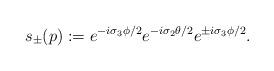
LaTeX: \begin{align*}s_\pm (p) := e^{-i \sigma_3 \phi /2} e^{-i \sigma_2 \theta/2} e^{\pm i \sigma_3 \phi /2}. \end{align*}